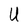
Character: U